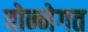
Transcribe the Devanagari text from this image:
वोन्नेगत